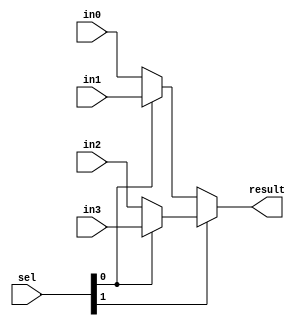
`timescale 1ns / 1ps
//////////////////////////////////////////////////////////////////////////////////
// Company: 
// Engineer: 
// 
// Design Name: 
// Module Name: mux_4
// Project Name: 
// Target Devices: 
// Tool Versions: 
// Description: 
// 
// Dependencies: 
// 
// Revision:
// Revision 0.01 - File Created
// Additional Comments:
// 
//////////////////////////////////////////////////////////////////////////////////


module mux_4(
    input [1:0] sel,
    input [15:0] in0,
    input [15:0] in1,
    input [15:0] in2,
    input [15:0] in3,
    output [15:0] result
    );
    
    // from https://www.chipverify.com/verilog/verilog-4to1-mux
    assign result = sel[1] ? (sel[0] ? in3 : in2) : (sel[0] ? in1 : in0);
    
endmodule